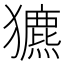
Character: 𤣄